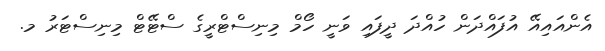
އެންއައިއޭ އުފައްދަން ހުއްދަ ދީފައި ވަނީ ހޯމް މިނިސްޓްރީގެ ސްޓޭޓް މިނިސްޓަރު މ.